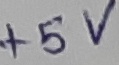
Text: +5v